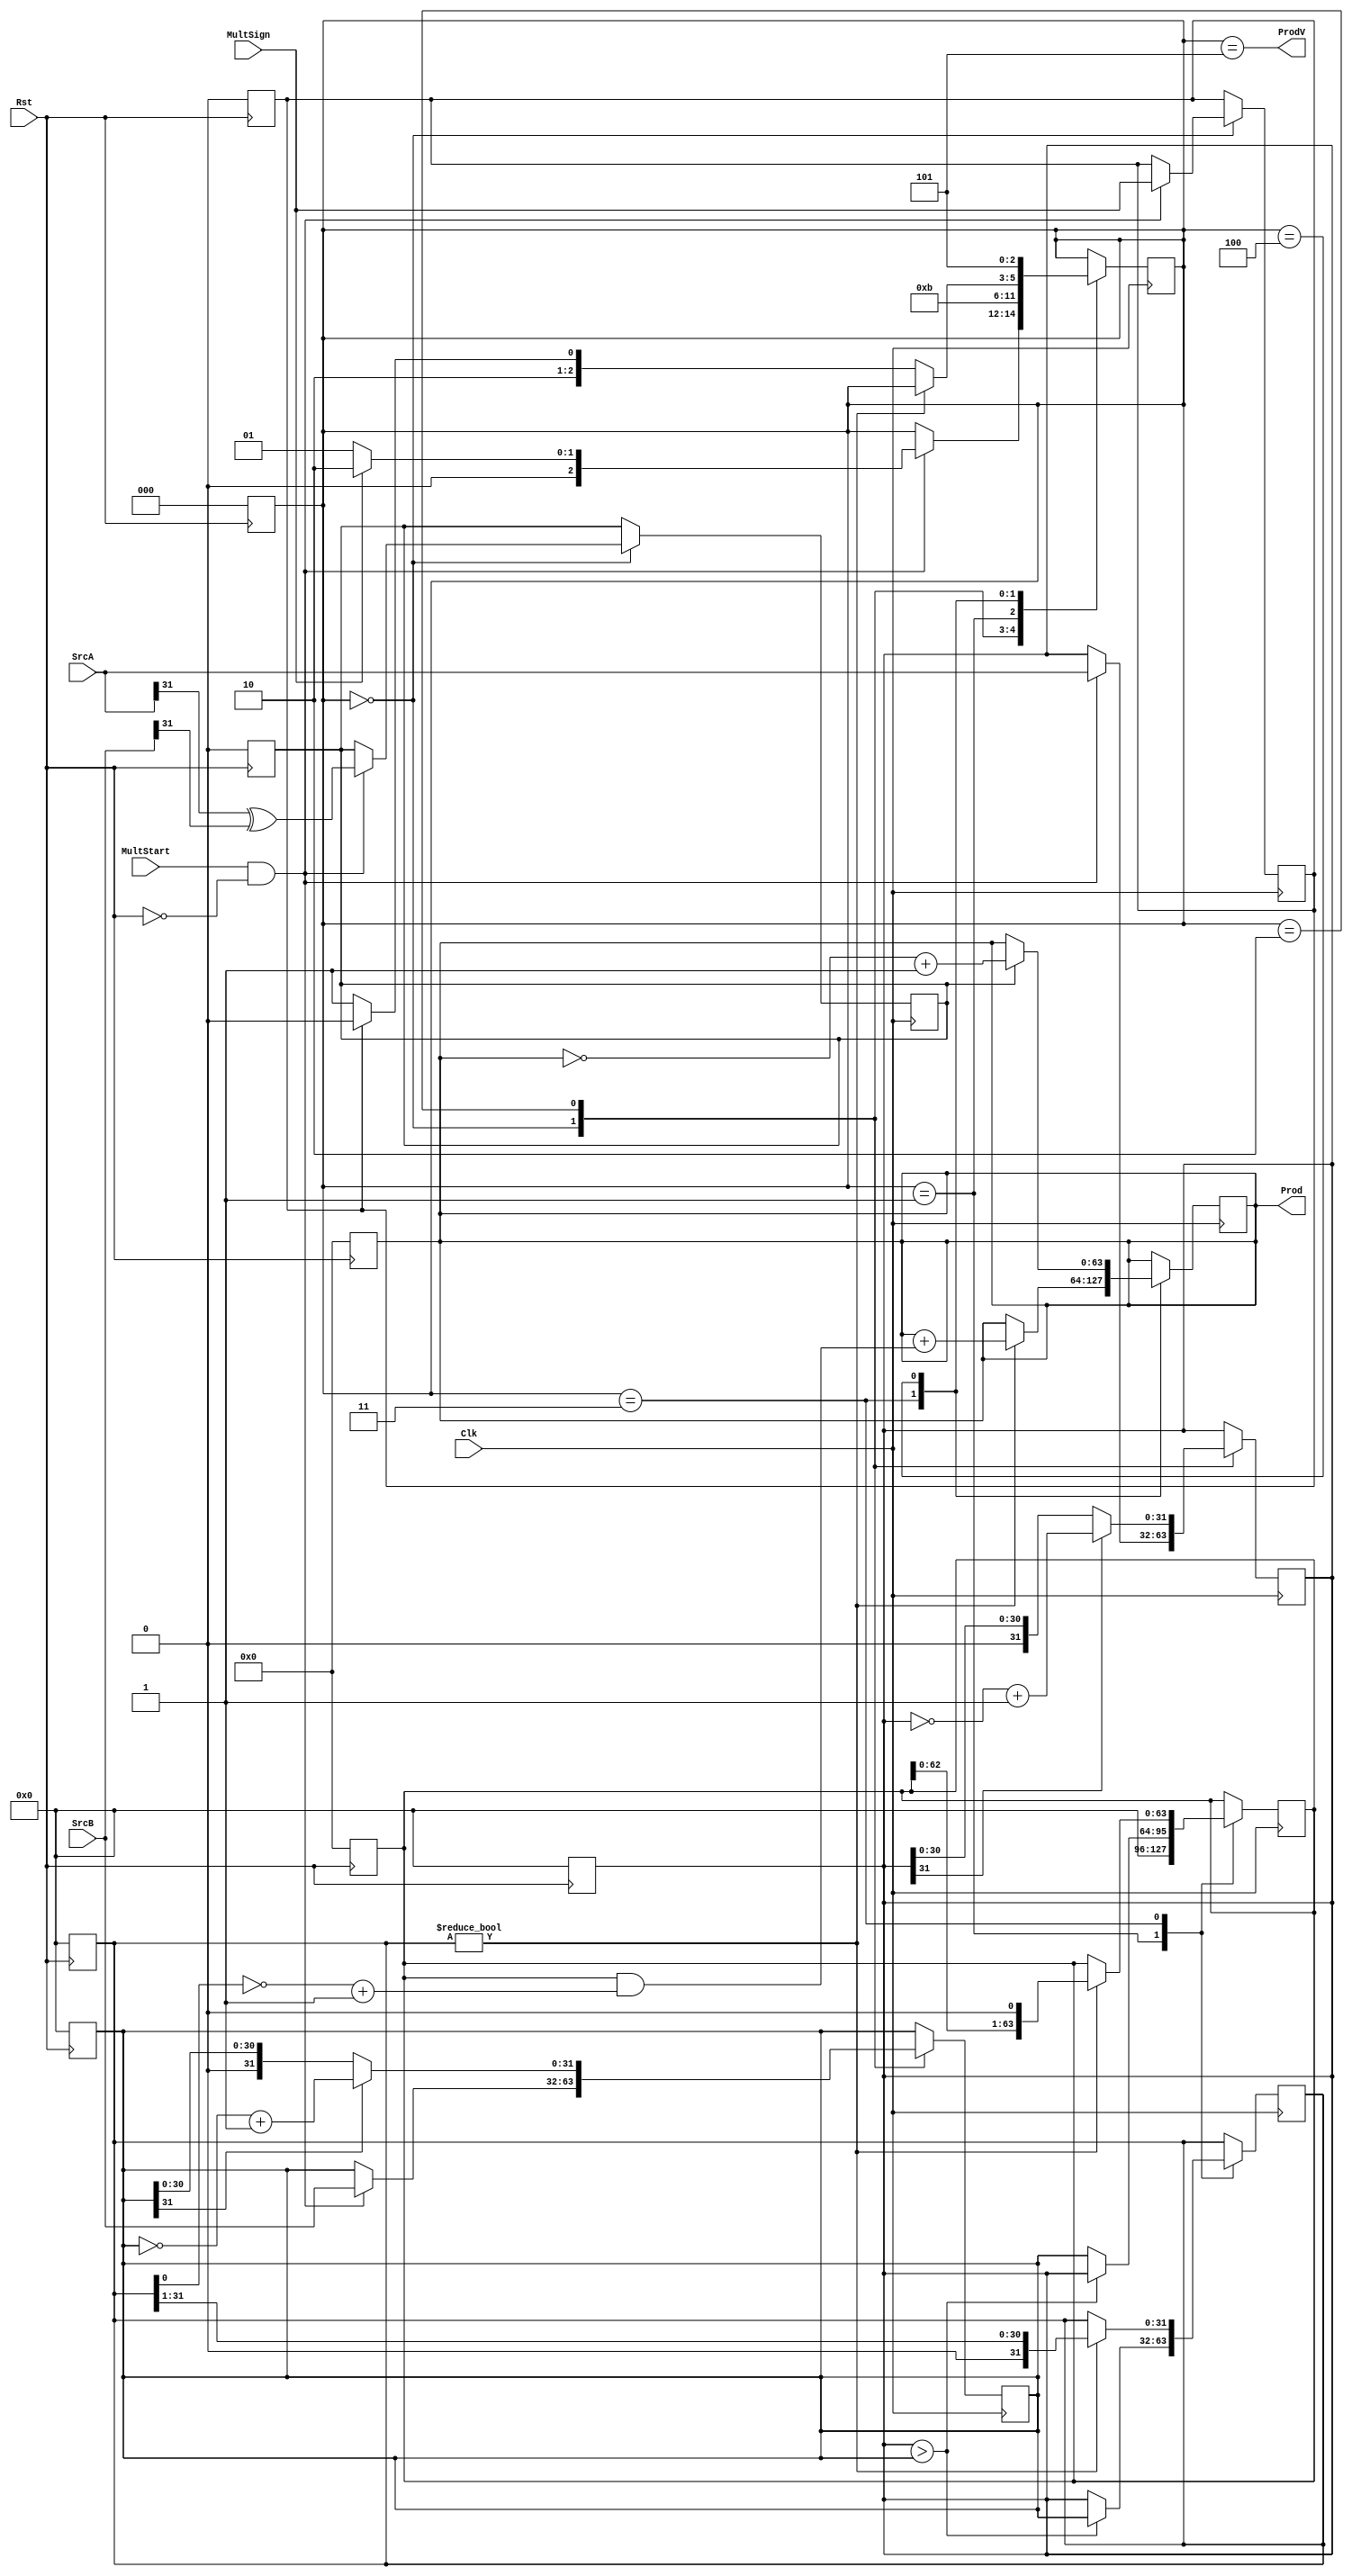
module mult
(
    input [31:0] SrcA, // multiplier and multiplicand
    input [31:0] SrcB, 
    output [63:0] Prod, // result
    output ProdV, // asserted when multiplication is done
    input MultStart, // asserted to start multiplication
    input MultSign, // signed or unsigned multiplication
    input Clk, // clock
    input Rst // reset
);

// intermediate product register that accumulates
reg [63:0] interm_prod;
assign Prod = interm_prod;

// intermediate registers for storing inputs
reg [31:0] srca;
reg [31:0] srcb;
reg [63:0] multiplicand;
reg [31:0] multiplier;
reg multsign;

// store  whether result is negative
reg is_negative;

// register to store state
reg [2:0] state;

// states
parameter INIT  = 3'b000, // initial, wait for start signal
	  SETUP = 3'b001, // determine the multiplicand
	  POS = 3'b010, // if signed, first make numbers positive
	  MULT = 3'b011, // do the multiplication
	  CONV = 3'b100, // convert result to 2s complement if signed
	  DONE =  3'b101; // multiplication finished

// finished multiply
assign ProdV = (state == DONE);

// reset internal registers
always @(posedge Rst)
begin
    interm_prod <= 64'h0;
    state <= INIT;
    multiplicand <= 64'h0;
    multiplier <= 32'h0;
    srca <= 32'h0;
    srcb <= 32'h0;
    is_negative <= 0;
    multsign <= 0;
end

// multiplier state  machine
always @(posedge Clk)
begin
    case(state)
    INIT: begin
	// start the multiplier
        if(MultStart == 1 && ~Rst)
	begin
            // copy in inputs because can change after a cycle
	    srca <= SrcA;
	    srcb <= SrcB;
	    multsign <= MultSign;

	    // result is negative if exactly one of the inputs is negative, ignore if unsigned
            is_negative <= SrcA[31] ^ SrcB[31];
	    
            // make the inputs positive if the multiplication is signed
	    if(MultSign)
	    begin
	        state <= POS;
	    end
	    else
	    begin
	        state <= SETUP;
    	    end
	end
	end
    POS: begin
        // if the inputs are negative (sign bit is 1), make them positive (2s compl)
	srca <= (srca[31]) ? (~srca + 1) : srca;
        srcb <= (srcb[31]) ? (~srcb + 1) : srcb;

	state <= SETUP;
        end
    SETUP: begin
	// set multiplicand to the larger input for short circuiting
	multiplicand <= (srca > srcb) ? srca :srcb;
        multiplier <= (srca > srcb) ? srcb : srca;
        state <= MULT;
	end
    MULT: begin
	// keep adding the multiplicand until it is 'shifted out',                                                                                                                                                                               i.e. first 31 bits are 0
        if(multiplier[31:0] != 32'h0)
        begin    
	    // Algorithm: each iteration, accumulate the (shifted) multiplicand if the lsb of the multiplier is a 1
	    // 1. get the lsb as a 64 bit number and take 2's complement
	    // 2. if lsb = 1 --> result = FFFFFFFFFFFFFFFF,  if lsb = 0 --> result = 0000000000000000
	    // 3. AND with multiplicand to determine if to accumulate it this iteration (add multiplicand or zero)
	    // 4. left shift the multiplicand, right shift the multiplier (get the next lsb, 0 --> stopping condition) 
              
	    //                            3._____________________________________________
	    //                                          2._____________________________      
            //                                            1. ___________________      
            interm_prod <= interm_prod + (multiplicand & (~({63'h0,multiplier[0]}) + 1 ));
	    multiplicand = multiplicand << 1;
	    multiplier = multiplier >> 1;
        end
	else
	begin
	    // convert result to 2s complement if signed
	    if(multsign)
	    begin
	        state <= CONV;
	    end
	    else
	    begin
	        state <= DONE;
	    end
	end
	end
    CONV: begin
	// if the result is negative, convert to 2s complement
        if(is_negative)
	begin
	    interm_prod <= ~interm_prod + 1;
	    state <= DONE;
	end
	// otherwise result is postive so no conversion needed
	else
	begin
	    state <= DONE;
	end
	end
    DONE: begin
	end
    endcase
end

endmodule